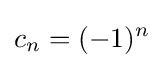
c_{n}=(-1)^{n}